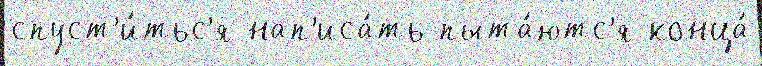
спуст'и́тьс'я нап'иса́ть пыта́ютс'я конца́